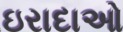
ઇરાદાઓ